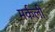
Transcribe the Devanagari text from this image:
मर्कली